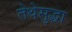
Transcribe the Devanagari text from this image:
तेथेसुद्धा